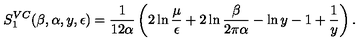
S _ { 1 } ^ { V C } ( \beta , \alpha , y , \epsilon ) = { \frac { 1 } { 1 2 \alpha } } \left( 2 \ln { \frac { \mu } { \epsilon } } + 2 \ln { \frac { \beta } { 2 \pi \alpha } } - \ln y - 1 + \frac 1 y \right) .